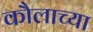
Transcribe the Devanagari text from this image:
कौलाच्या